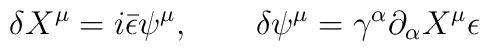
\delta X^{\mu}  = i \bar{\epsilon} \psi^{\mu} , \qquad \delta \psi^{\mu} = \gamma^{\alpha} \partial_{\alpha} X^{\mu} \epsilon